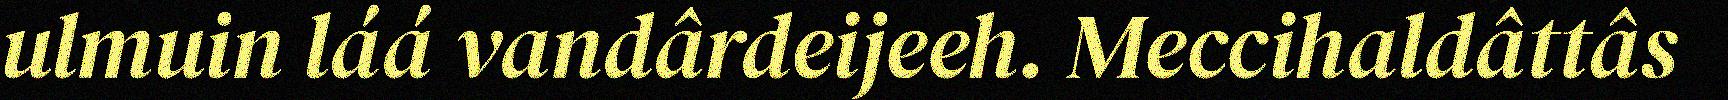
ulmuin láá vandârdeijeeh. Meccihaldâttâs